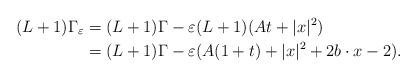
LaTeX: \begin{align*}(L+1)\Gamma_{\varepsilon}&=(L+1)\Gamma-\varepsilon (L+1)(At+|x|^{2})\\&=(L+1)\Gamma-\varepsilon (A(1+t)+|x|^{2}+2 b\cdot x-2). \end{align*}